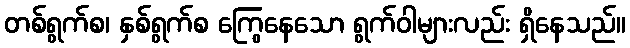
တစ်ရွက်စ၊ နှစ်ရွက်စ ကြွေနေသော ရွက်ဝါများလည်း ရှိနေသည်။